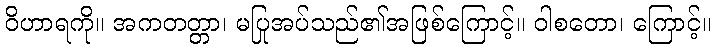
ဝိဟာရကို။ အကတတ္တာ၊ မပြုအပ်သည်၏အဖြစ်ကြောင့်။ ဝါစတော၊ ကြောင့်။